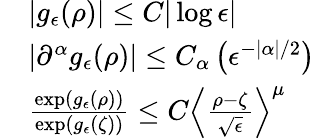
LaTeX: \begin{array}{rl}&{|g_{\epsilon}(\rho)|\leq C|\log\epsilon|}\\ &{|\partial^{\alpha}g_{\epsilon}(\rho)|\leq C_{\alpha}\left(\epsilon^{-|\alpha|/2}\right)}\\ &{\frac{\exp(g_{\epsilon}(\rho))}{\exp(g_{\epsilon}(\zeta))}\leq C\left\langle\frac{\rho-\zeta}{\sqrt{\epsilon}}\right\rangle^{\mu}}\end{array}